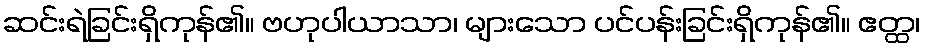
ဆင်းရဲခြင်းရှိကုန်၏။ ဗဟုပါယာသာ၊ များသော ပင်ပန်းခြင်းရှိကုန်၏။ ဧတ္ထ၊